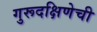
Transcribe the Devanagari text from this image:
गुरूदक्षिणेची